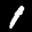
Label: 1